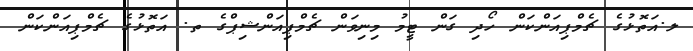
ލ.އަތޮޅުގެ ޗެމްޕިއަންކަން ހޯދި ގަން ޓީމު މިނިވަން ޗެމްޕިއަންޝިޕްގެ ތ. އަތޮޅުގެ ޗެމްޕިއަންކަން